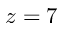
z = 7